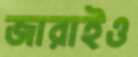
জারাইও